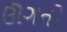
ઊગતો